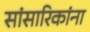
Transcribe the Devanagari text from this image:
सांसारिकांना